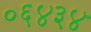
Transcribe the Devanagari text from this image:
०६४३४